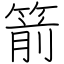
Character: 箭